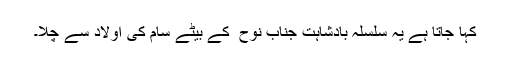
كہا جاتا ہے یہ سلسلہِ بادشاہت جناب نوح ؑ کے بیٹے سام کی اولاد سے چلا۔